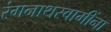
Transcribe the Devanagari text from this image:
रंगनाथस्वामींना